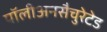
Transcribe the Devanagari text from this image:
पॉलीअनसैचुरेटेड